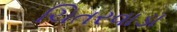
ચિતરવાડા